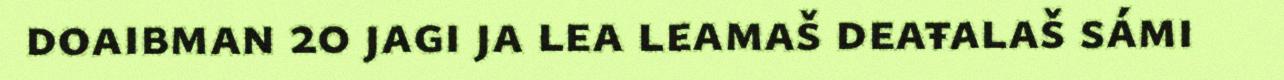
doaibman 20 jagi ja lea leamaš deaŧalaš sámi